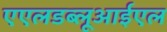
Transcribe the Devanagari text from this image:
एएलडब्लूआईएल